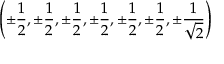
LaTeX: \left( \pm { \frac { 1 } { 2 } } , \pm { \frac { 1 } { 2 } } , \pm { \frac { 1 } { 2 } } , \pm { \frac { 1 } { 2 } } , \pm { \frac { 1 } { 2 } } , \pm { \frac { 1 } { 2 } } , \pm { \frac { 1 } { \sqrt { 2 } } } \right)